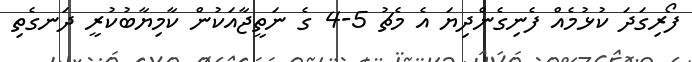
ފޯރިގަދަ ކުޅުމެއް ފެނިގެންދިޔަ އެ މެޗު 5-4 ގެ ނަތީޖާއަކުން ކާމިޔާބުކުރީ ދަނގެތި